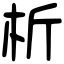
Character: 析